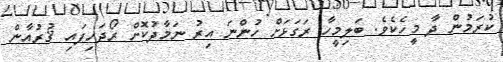
ކުރަމުން ދާ މީހެކެވެ. ބަލިމީހާ ރަގަޅަށް ހުންނަ އިރު ނަމާދުކޮށް ރޯދަހިފައި ޤުރުއާން